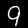
Digit: 9